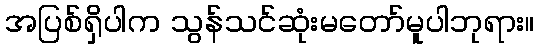
အပြစ်ရှိပါက သွန်သင်ဆုံးမတော်မူပါဘုရား။